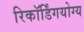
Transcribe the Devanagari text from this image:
रिकॉर्डिंगयोग्य